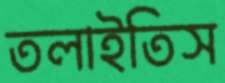
তলাইতিস